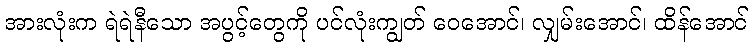
အားလုံးက ရဲရဲနီသော အပွင့်တွေကို ပင်လုံးကျွတ် ဝေအောင်၊ လျှမ်းအောင်၊ ထိန်အောင်